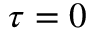
\tau = 0